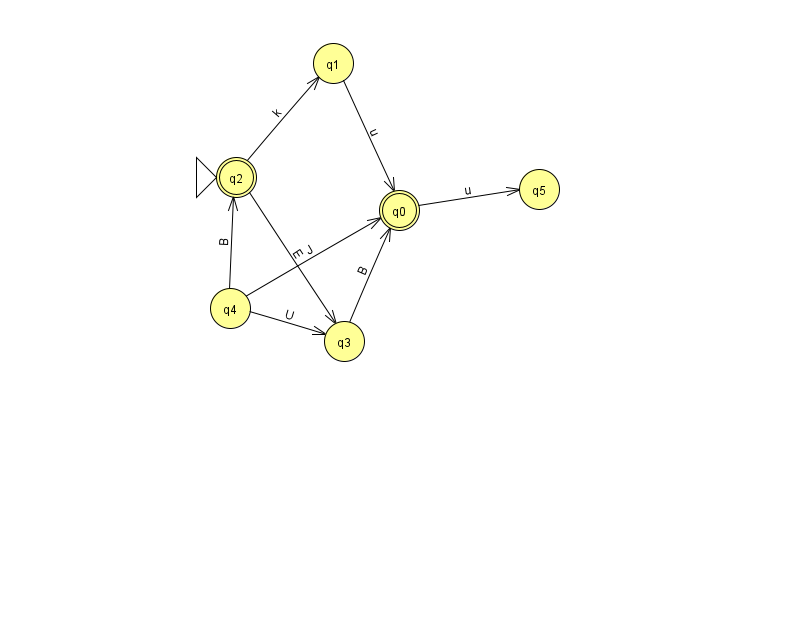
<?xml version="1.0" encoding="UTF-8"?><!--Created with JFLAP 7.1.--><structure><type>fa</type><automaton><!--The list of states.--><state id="0" name="q0"><x>399.0</x><y>197.0</y><final/></state><state id="1" name="q1"><x>333.0</x><y>50.0</y></state><state id="2" name="q2"><x>236.0</x><y>164.0</y><initial/><final/></state><state id="3" name="q3"><x>344.0</x><y>328.0</y></state><state id="4" name="q4"><x>230.0</x><y>295.0</y></state><state id="5" name="q5"><x>539.0</x><y>176.0</y></state><!--The list of transitions.--><transition><from>4</from><to>3</to><read>U</read></transition><transition><from>4</from><to>0</to><read>J</read></transition><transition><from>2</from><to>3</to><read>E</read></transition><transition><from>0</from><to>5</to><read>u</read></transition><transition><from>4</from><to>2</to><read>B</read></transition><transition><from>1</from><to>0</to><read>u</read></transition><transition><from>2</from><to>1</to><read>k</read></transition><transition><from>3</from><to>0</to><read>B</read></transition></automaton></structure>